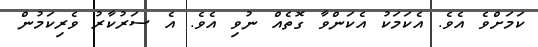
ކަމަށްވެ އެވެ. އެކަމަކު އެކަންވާ ގޮތެއް ނުވި އެވެ. އެ ސަރުކާރު ވެރިކަމުން